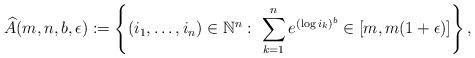
LaTeX: \begin{align*}\widehat{A}(m,n, b,\epsilon):=\left\{(i_1, \dots, i_n)\in \mathbb{N}^n: \ \sum_{k=1}^n e^{(\log i_k)^b}\in [m, m(1+\epsilon)]\right\},\end{align*}